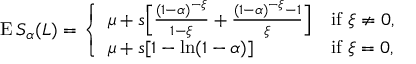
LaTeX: \operatorname { E } S _ { \alpha } ( L ) = { \left\{ \begin{array} { l l } { \mu + s { \Bigl [ } { \frac { ( 1 - \alpha ) ^ { - \xi } } { 1 - \xi } } + { \frac { ( 1 - \alpha ) ^ { - \xi } - 1 } { \xi } } { \Bigr ] } } & { { \mathrm { i f ~ } } \xi \neq 0 , } \\ { \mu + s [ 1 - \ln ( 1 - \alpha ) ] } & { { \mathrm { i f ~ } } \xi = 0 , } \end{array} \right. }